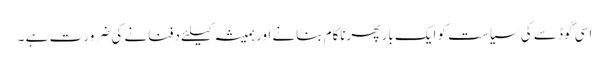
اسی گوڈ سے کی سیاست کو ایک بار پھرناکام بنانے اور ہمیشہ کیلئے دفنانے کی ضرور ت ہے ۔